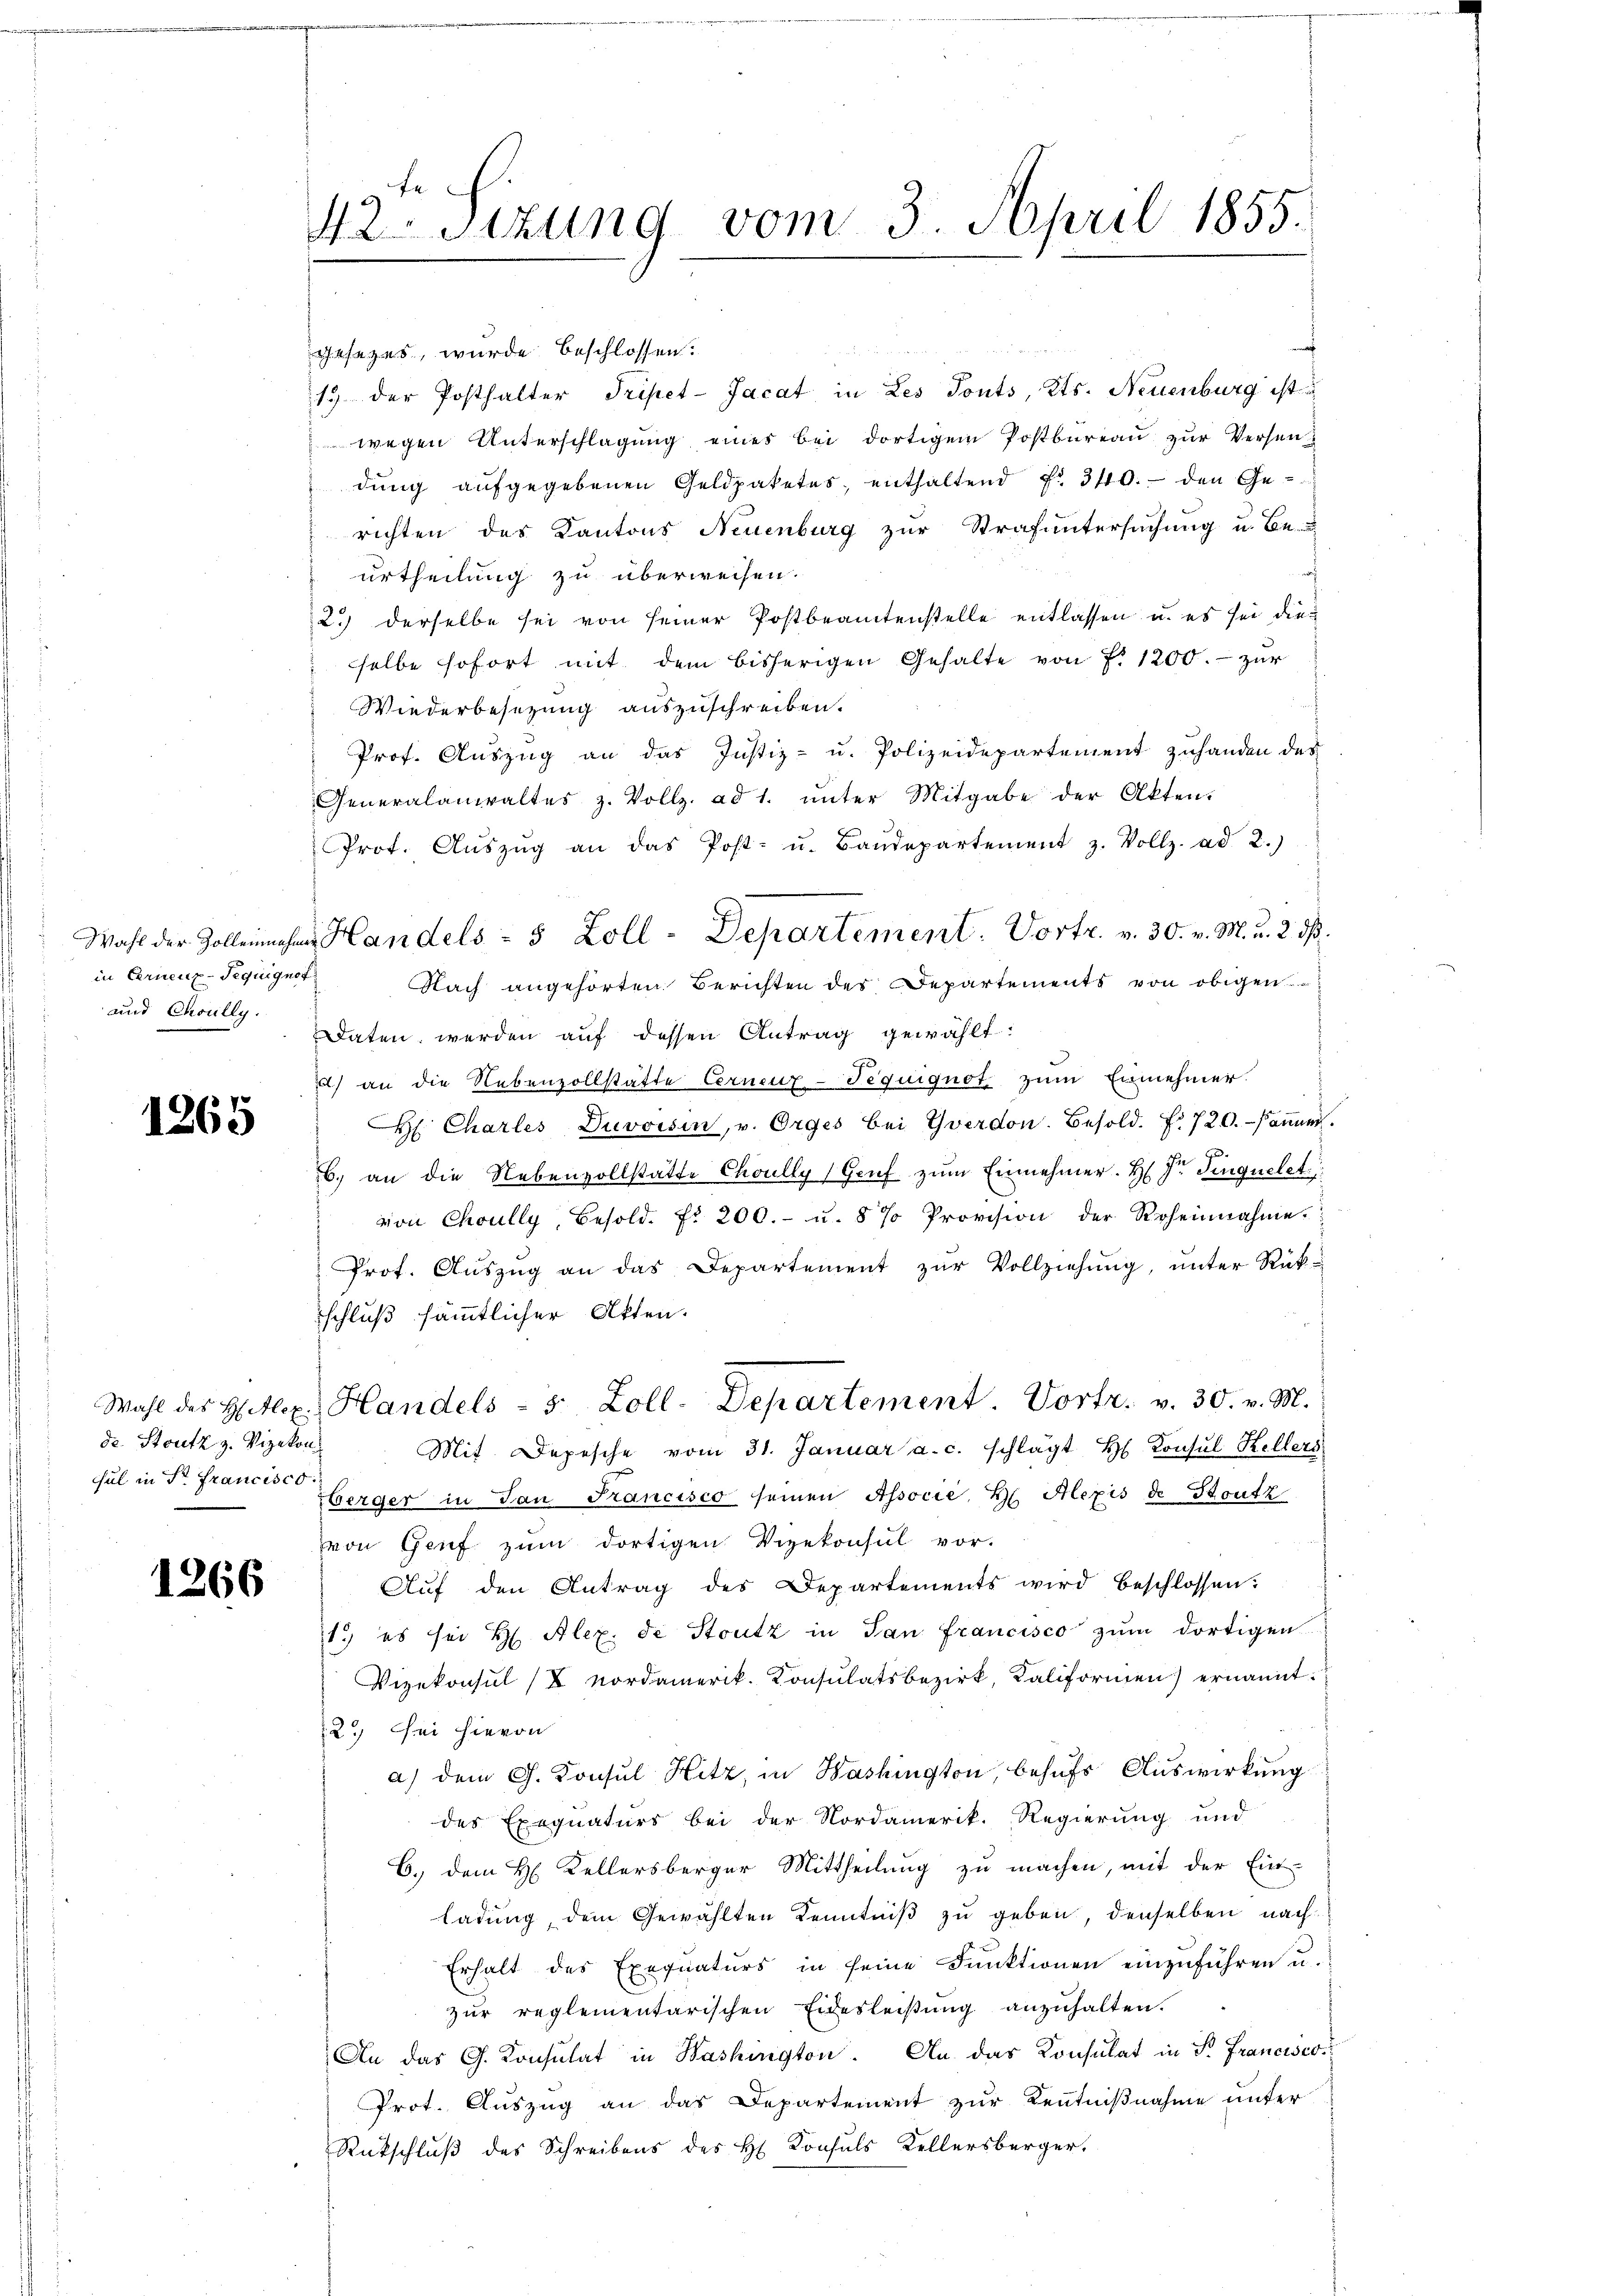
in Ernenz-Seguignot
und Choully.

1265

gesezes, wurde beschlossen:
13 der Posthalter Tripet-Jacat in Les Tonts, Kts. Neuenburg ist
wegen Unterschlagung eines bei dortigem Postbureau zur Versendung aufgegebenen Geldpaketes, enthaltend No. 340.- den Gerichten des Kantons Neuenburg zur Strafuntersuchung u. Be-
a
urtheilung zu überweisen.
2.) derselbe sei von seiner Postbeamtenstelle entlassen u. es sei die
selbe sofort mit dem bisherigen Gehalte von f. 1200.- zur
Wiederbesezung auszuschreiben.
Prof. Auszug an das Justiz- u. Polizeidepartement zuhanden des
Generalanwaltes z. Vollz. ad 1. ŭnter Mitgabe der Akten.
Prot. Aŭszŭg an das Post- u. Baŭdepartement z. Vollz. ad 2.)
Nach angehörten Berichten des Departements von obigen
Daten werden auf dessen Antrag gewählt:
) an die Nebenzollstätte Cernuz-Tequignot zum Einnehmer.
H. Charles Duvoisin, u. Orges bei Yverdon. Besold. f. 720. - koṁen.
ge
b. an die Nebenvollstatte Choully (Genf zum Einnehmer. H. Dr. Sinquelet
von Choully, Besold. f. 200.- u. 8 % Provision der Roheinahme
Prot. Auszug an das Departement zur Vollziehung, unter Rück-
schluß sämmtlicher Akten.
Wahl des Hitlex. Handels- 5 Zoll-Departement. Vortr. v. 30. v. M.
Mit Depesche vom 31. Januar a.c. schlägt H. Konsul Kellers
berger in San Francisco seinen Associé, H. Alexis de toutz
von Genf zum dortigen Vizekonsul vor-
Aŭf den Antrag des Departements wird beschlossen:
1.) es sei H. Alex de Stutz in San Francisco zum dortigen
Vizekonsul /X Nordamerik. Konsulatsbezirk, Kaliformen) ernannt.
2.) Sei hievon
a) dem G. Konsul Hitz, in Washington, behŭfs Auswirkung
des Exequaturs bei der Nordamerik. Regierung und
C. dem H. Kellersberger Mittheilung zu machen, mit der Ein-
ladung, dem Gewählten Kenntniß zu geben, denselben nach¬
Erhalt des Exequaturs in seine Funktionen einzuführen u.
zur reglementarischen Eidesleistung anzuhalten.
An das G. Konsulat in Washington. An das Konsulat in P. Francisco
Prot. Auszug an das Departement zur Kenntnißnahme unter
Rückschluß des Schreibens des H. Konsuls Kellersberger.

de Stutz z. Vizekon
sul in Sr. Francisco

1266

42 Sizung vom 3. April 1855.

Wahl der Zolleinnahme Handels- 5 Zoll-Departement. Vortr. v. 30. v. M. u. 2. ds.

x